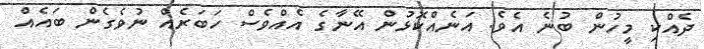
ދެއްކި މީހުން ބުނެ އެވެ. އަނެއްކޮޅުން އޭނާގެ އެއްވެސް ހަބަރެއް ނުވެގެން ބައެއް